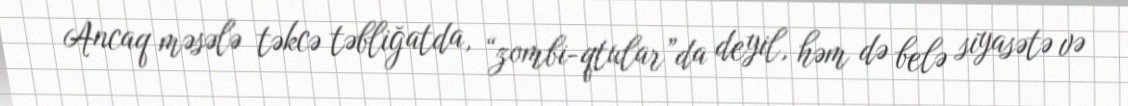
Ancaq məsələ təkcə təbliğatda, “zombi-qtular”da deyil, həm də belə siyasətə və